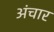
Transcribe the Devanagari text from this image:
अंचार